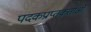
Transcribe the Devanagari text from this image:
पदकप्राप्तकर्ताओं